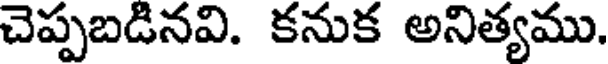
చెప్పబడినవి. కనుక అనిత్యము.